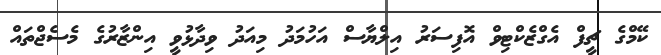
ކޭމްގެ ޗީފް އެގްޒެކްޓިވް އޮފިސަރު އިލްޔާސް އަހުމަދު މިއަދު ވިދާޅުވީ އިންޒާރުގެ މެސެޖްތައް